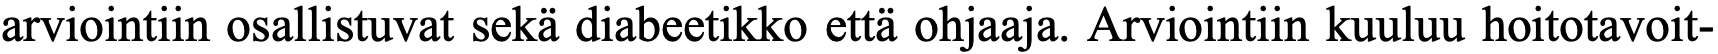
arviointiin osallistuvat sekä diabeetikko että ohjaaja. Arviointiin kuuluu hoitotavoit-